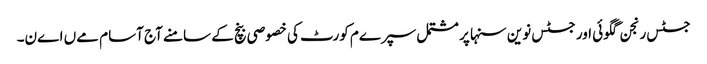
جسٹس رنجن گگوئی اور جسٹس نوین سنہا پر مشتمل سپرےم کورٹ کی خصوصی بنچ کے سامنے آج آسام مےں اےن۔